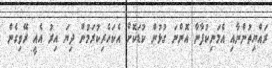
ރައްޔިތުންނާއި އެމަނިކުފާނާ އޮންނަ ގުޅުން ކުޑަކޮށް އެކަހެރިކުރަމުން ދިޔަ އިރު އެއީ ރޭވިގެން